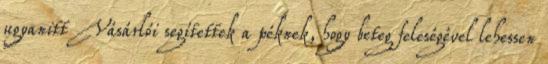
ugyanitt Vásárlói segítettek a péknek, hogy beteg feleségével lehessen